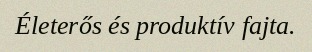
Életerős és produktív fajta.